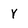
Character: Y